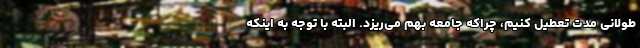
طولانی مدت تعطیل کنیم، چراکه جامعه بهم می‌ریزد. البته با توجه به اینکه